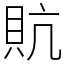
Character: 貥